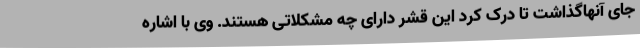
جای آنهاگذاشت تا درک کرد این قشر دارای چه مشکلاتی هستند. وی با اشاره